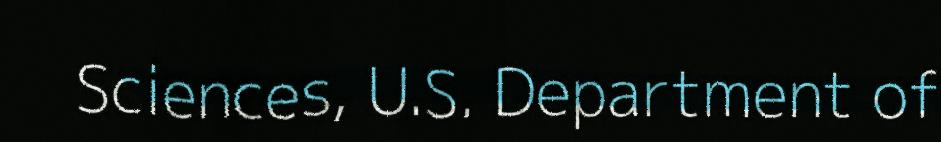
Sciences, U.S. Department of